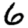
Digit: 6